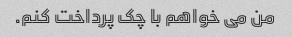
من می خواهم با چک پرداخت کنم.